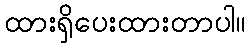
ထားရှိပေးထားတာပါ။